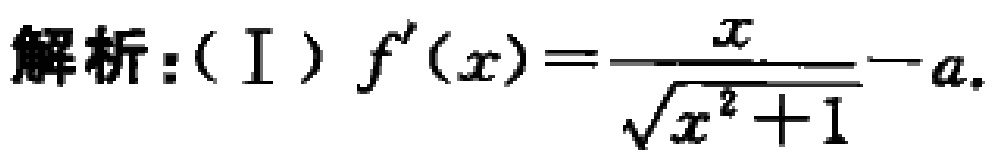
解析：(Ⅰ) \(f^{\prime}(x)=\frac{x}{\sqrt{x^{2}+1}}-a\)